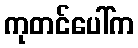
ကုတင်ပေါ်က